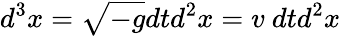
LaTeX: d^{3}x=\sqrt{-g}dtd^{2}x=v\ dtd^{2}x